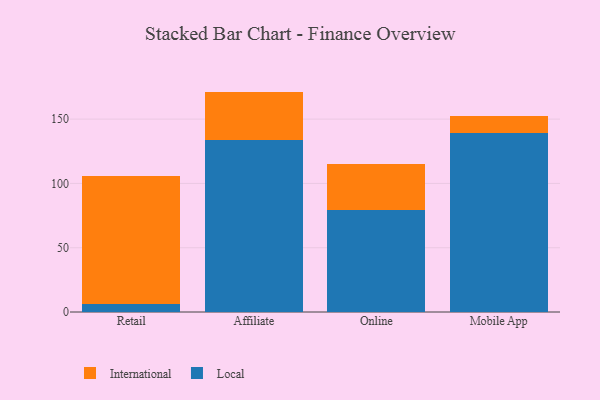
{"axis": {"x": "Channel", "y": "Active Users"}, "legend": ["International", "Local"], "data": [{"x": "Retail", "y": 6.3, "type": "Local"}, {"x": "Retail", "y": 99.8, "type": "International"}, {"x": "Affiliate", "y": 133.9, "type": "Local"}, {"x": "Affiliate", "y": 37.5, "type": "International"}, {"x": "Online", "y": 79.6, "type": "Local"}, {"x": "Online", "y": 35.2, "type": "International"}, {"x": "Mobile App", "y": 139.0, "type": "Local"}, {"x": "Mobile App", "y": 13.2, "type": "International"}]}